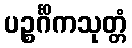
ပဉ္စင်္ဂိကသုတ္တံ